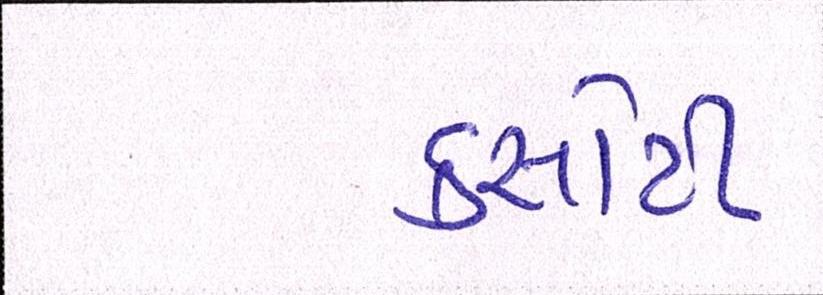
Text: કસોટી